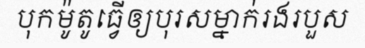
បុកម៉ូតូធ្វើឲ្យបុរសម្នាក់រងរបួស